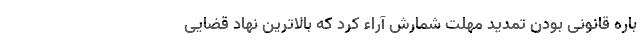
باره قانونی بودن تمدید مهلت شمارش آراء کرد که بالاترین نهاد قضایی